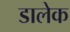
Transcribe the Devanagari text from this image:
डालेक